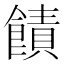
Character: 𫗙